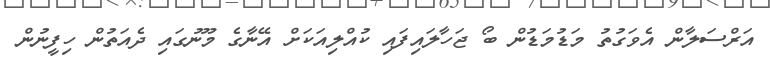
އަރްސަލާން އެވަގުތު މަޑުމަޑުން ބޯ ޖަހާލައިފައި ކުއްލިއަކަށް އޭނާގެ މޫނުގައި ދެއަތުން ހިފީނުން